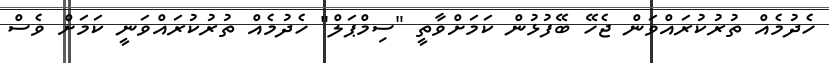
ހެދުމެއް ތުރުކުރައްވަން ޖެހޭ ބޭފުޅުން ކަމަށްވާތީ "ސިމްޕަލް" ހެދުމެއް ތުރުކުރައްވަނީ ކަމަށް ވެސް